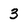
Character: 3